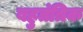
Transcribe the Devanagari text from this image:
बहुतंत्रिक